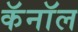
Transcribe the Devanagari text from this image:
कॅनाॅल